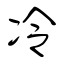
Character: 冷